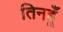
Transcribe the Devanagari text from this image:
तिनहूँ